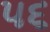
૫૬